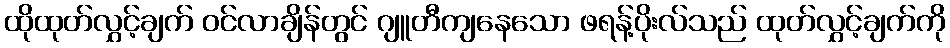
ထိုထုတ်လွှင့်ချက် ဝင်လာချိန်တွင် ဂျူတီကျနေသော ဖရန့်ပိုးလ်သည် ထုတ်လွှင့်ချက်ကို